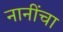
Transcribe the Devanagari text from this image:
नानींचा